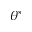
\theta ^ { * }